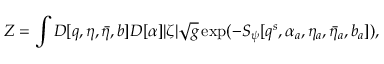
Z = \int { \cal D } [ q , \eta , { \bar { \eta } } , b ] { \cal D } [ \alpha ] | \zeta | \sqrt { g } \exp ( - S _ { \psi } [ q ^ { s } , \alpha _ { a } , \eta _ { a } , \bar { \eta } _ { a } , b _ { a } ] ) ,